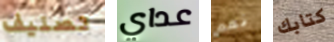
تصنيف عداي نعم كتابك